Report on horse surra - Volume II, Part I
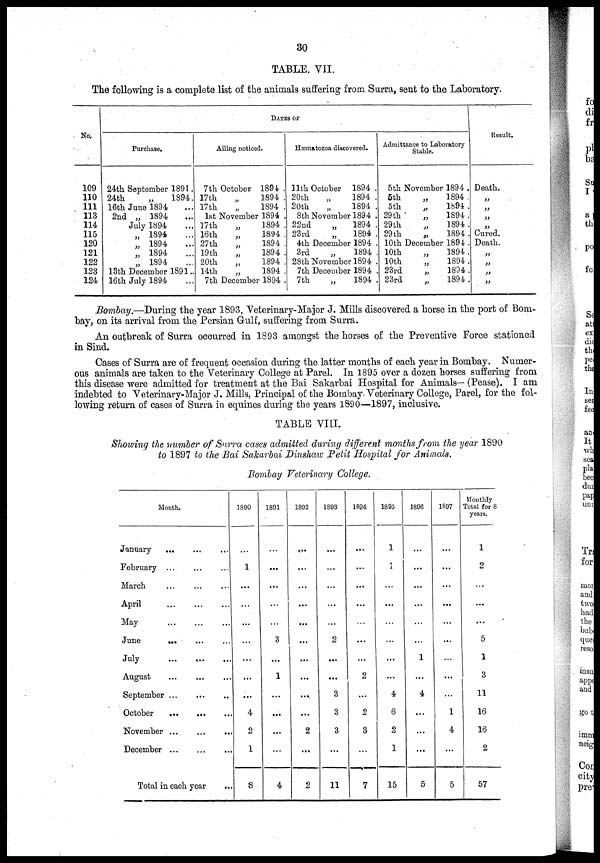
30
TABLE. VII.
The following is a complete list of the animals suffering from Surra, sent to the Laboratory.
No.
109
110
111
113
114
115
120
121
122
123
124
Purchase.
24th September 1891 .
24th
„
1894.
16th June 1894
2nd „ 1894
July 1894
„ 1894
„ 1894
„ 1894
„ 1894
13th December 1891..
16th July 1894
DATES OF
Ailing noticed.
7th October 1894 .
17th
„
1894 .
17th
„
1894 .
1st November 1894 .
17th
„
1894 .
16th
„
1894 .
27th
„
1894 .
19th
„
1894 .
20th
„
1894 .
14th
„
1894 .
7th December 1894 .
Hæmatozoa discovered.
11th October 1894 .
20th
„
1894.
20th
„
1894 .
8th November 1894 .
22nd
„
1894 .
23rd
„
1894 .
4th December 1894 .
3rd
„
1894 .
28th November 1894 .
7th December 1894 .
7th
„
1894 .
Admittance to Laboratory
Stable.
5th November 1894 .
5th
„
1894 .
5th
„
1894 .
29th
„
1894 .
29th
„
1894.
29 th
„
1894 .
10th December 1894 .
10th
„
1894 .
10th
„
1894 .
23rd
„
1894 .
23rd
„
1894 .
Result.
Death.
„
„
„
Cured.
Death.
„
„
„
„
Bombay.—During the year 1893, Veterinary-Major J. Mills discovered a horse in the port of Bom-
bay, on its arrival from the Persian Gulf, suffering from Surra.
An outbreak of Surra occurred in 1893 amongst the horses of the Preventive Force stationed
in Sind.
Cases of Surra are of frequent occasion during the latter months of each year in Bombay. Numer-
ous animals are taken to the Veterinary College at Parel. In 1895 over a dozen horses suffering from
this disease were admitted for treatment at the Bai Sakarbai Hospital for Animals— (Pease). I am
indebted to Veterinary-Major J. Mills, Principal of the Bombay. Veterinary College, Parel, for the fol-
lowing return of cases of Surra in equines during the years 1890—1897, inclusive.
TABLE VIII.
Showing the number of Surra cases admitted during different months from the year 1890
to 1897 to the Bai Sakarbai Dinshaw Petit Hospital for Animals.
Bombay Veterinary College.
Month.
January
February
March
April
May
June
July
August
September
October
November
December
...
...
...
...
...
...
...
...
...
...
...
...
...
...
...
...
...
...
...
...
...
...
...
...
...
..
...
...
...
...
...
...
..
...
...
...
Total in each year
...
1890
...
1
...
...
...
...
...
...
...
4
2
1
8
1891
...
...
...
...
...
3
...
1
...
...
...
...
4
1892
...
...
...
...
...
...
...
...
...
...
2
...
2
1893
...
...
...
...
...
2
...
...
3
3
3
...
11
1894
...
...
...
...
...
...
...
2
...
2
3
...
7
1895
1
1
...
...
...
...
...
...
4
6
2
1
15
1896
...
...
...
...
...
...
1
...
4
...
...
...
5
1897
...
...
...
...
...
...
...
...
...
1
4
...
5
Monthly
Total for 8
years.
1
2
...
...
...
5
1
3
11
16
16
2
57